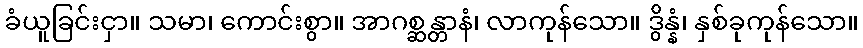
ခံယူခြင်းငှာ။ သမာ၊ ကောင်းစွာ။ အာဂစ္ဆန္တာနံ၊ လာကုန်သော။ ဒွိန္နံ၊ နှစ်ခုကုန်သော။